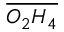
\overline { { O _ { 2 } H _ { 4 } } }